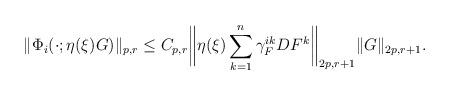
LaTeX: \begin{align*} \|\Phi_i(\cdot;\eta(\xi)G)\|_{p,r} \le C_{p,r} \biggl\|\eta(\xi) \sum_{k=1}^n \gamma_F^{ik} DF^k\biggr\|_{2p,r+1} \|G\|_{2p,r+1}.\end{align*}